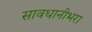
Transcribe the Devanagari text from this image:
सावधानीभरा